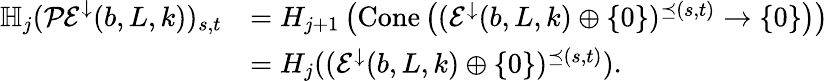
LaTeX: \begin{array}{rl}{\mathbb{H}_{j}(\mathcal{PE}^{\downarrow}(b,L,k))_{s,t}}&{=H_{j+1}\left(\mathrm{Cone}\left((\mathcal{E}^{\downarrow}(b,L,k)\oplus\{ 0\} )^{\preceq(s,t)}\to\{ 0\} \right)\right)}\\ &{=H_{j}((\mathcal{E}^{\downarrow}(b,L,k)\oplus\{ 0\} )^{\preceq(s,t)}).}\end{array}